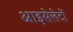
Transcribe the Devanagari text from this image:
आइसेलेटों